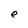
Character: e